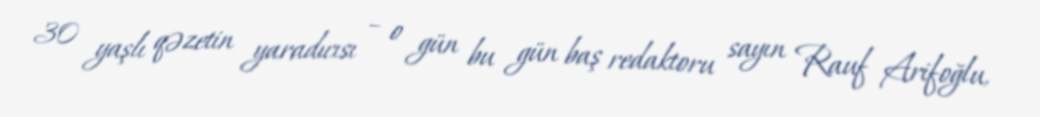
30 yaşlı qəzetin yaradıcısı – o gün bu gün baş redaktoru sayın Rauf Arifoğlu,